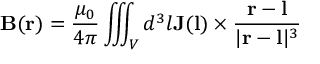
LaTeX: \mathbf { B } ( \mathbf { r } ) = { \frac { \mu _ { 0 } } { 4 \pi } } \iiint _ { V } d ^ { 3 } l \mathbf { J } ( \mathbf { l } ) \times { \frac { \mathbf { r } - \mathbf { l } } { | \mathbf { r } - \mathbf { l } | ^ { 3 } } }